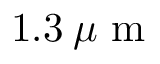
1 . 3 \: \mu \mathrm { ~ m ~ }